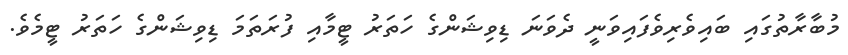
މުބާރާތުގައި ބައިވެރިވެފައިވަނީ ދެވަނަ ޑިވިޝަންގެ ހަތަރު ޓީމާއި ފުރަތަމަ ޑިވިޝަންގެ ހަތަރު ޓީމެވެ.